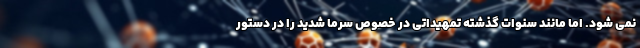
نمی شود. اما مانند سنوات گذشته تمهیداتی در خصوص سرما شدید را در دستور